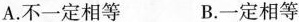
A.不一定相等 B.一定相等